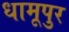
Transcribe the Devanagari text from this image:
धामूपुर